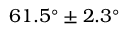
6 1 . 5 ^ { \circ } \pm 2 . 3 ^ { \circ }